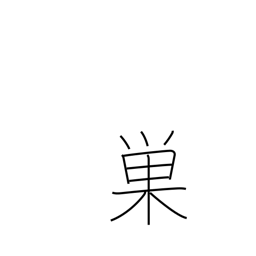
Meaning: cobweb